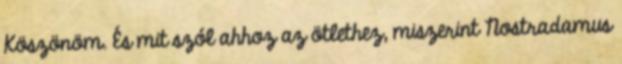
Köszönöm. És mit szól ahhoz az ötlethez, miszerint Nostradamus